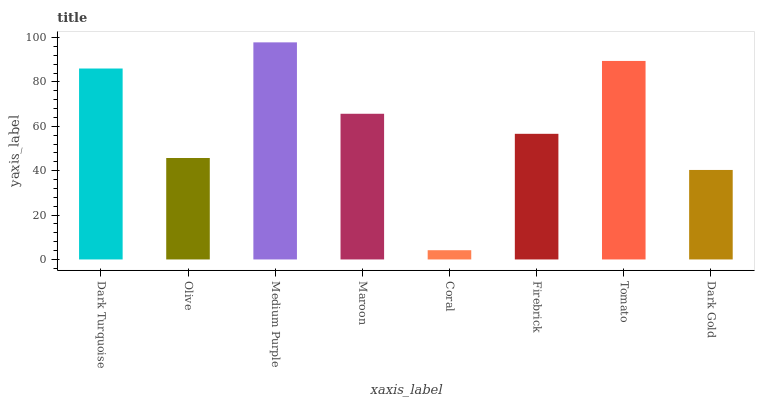
| xaxis_label | bars |
 | --- | --- |
 | Dark Turquoise | 86 |
 | Olive | 45.7 |
 | Medium Purple | 97.8 |
 | Maroon | 65.6 |
 | Coral | 4.16 |
 | Firebrick | 56.6 |
 | Tomato | 89.4 |
 | Dark Gold | 40.3 |